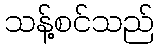
သန့်စင်သည်